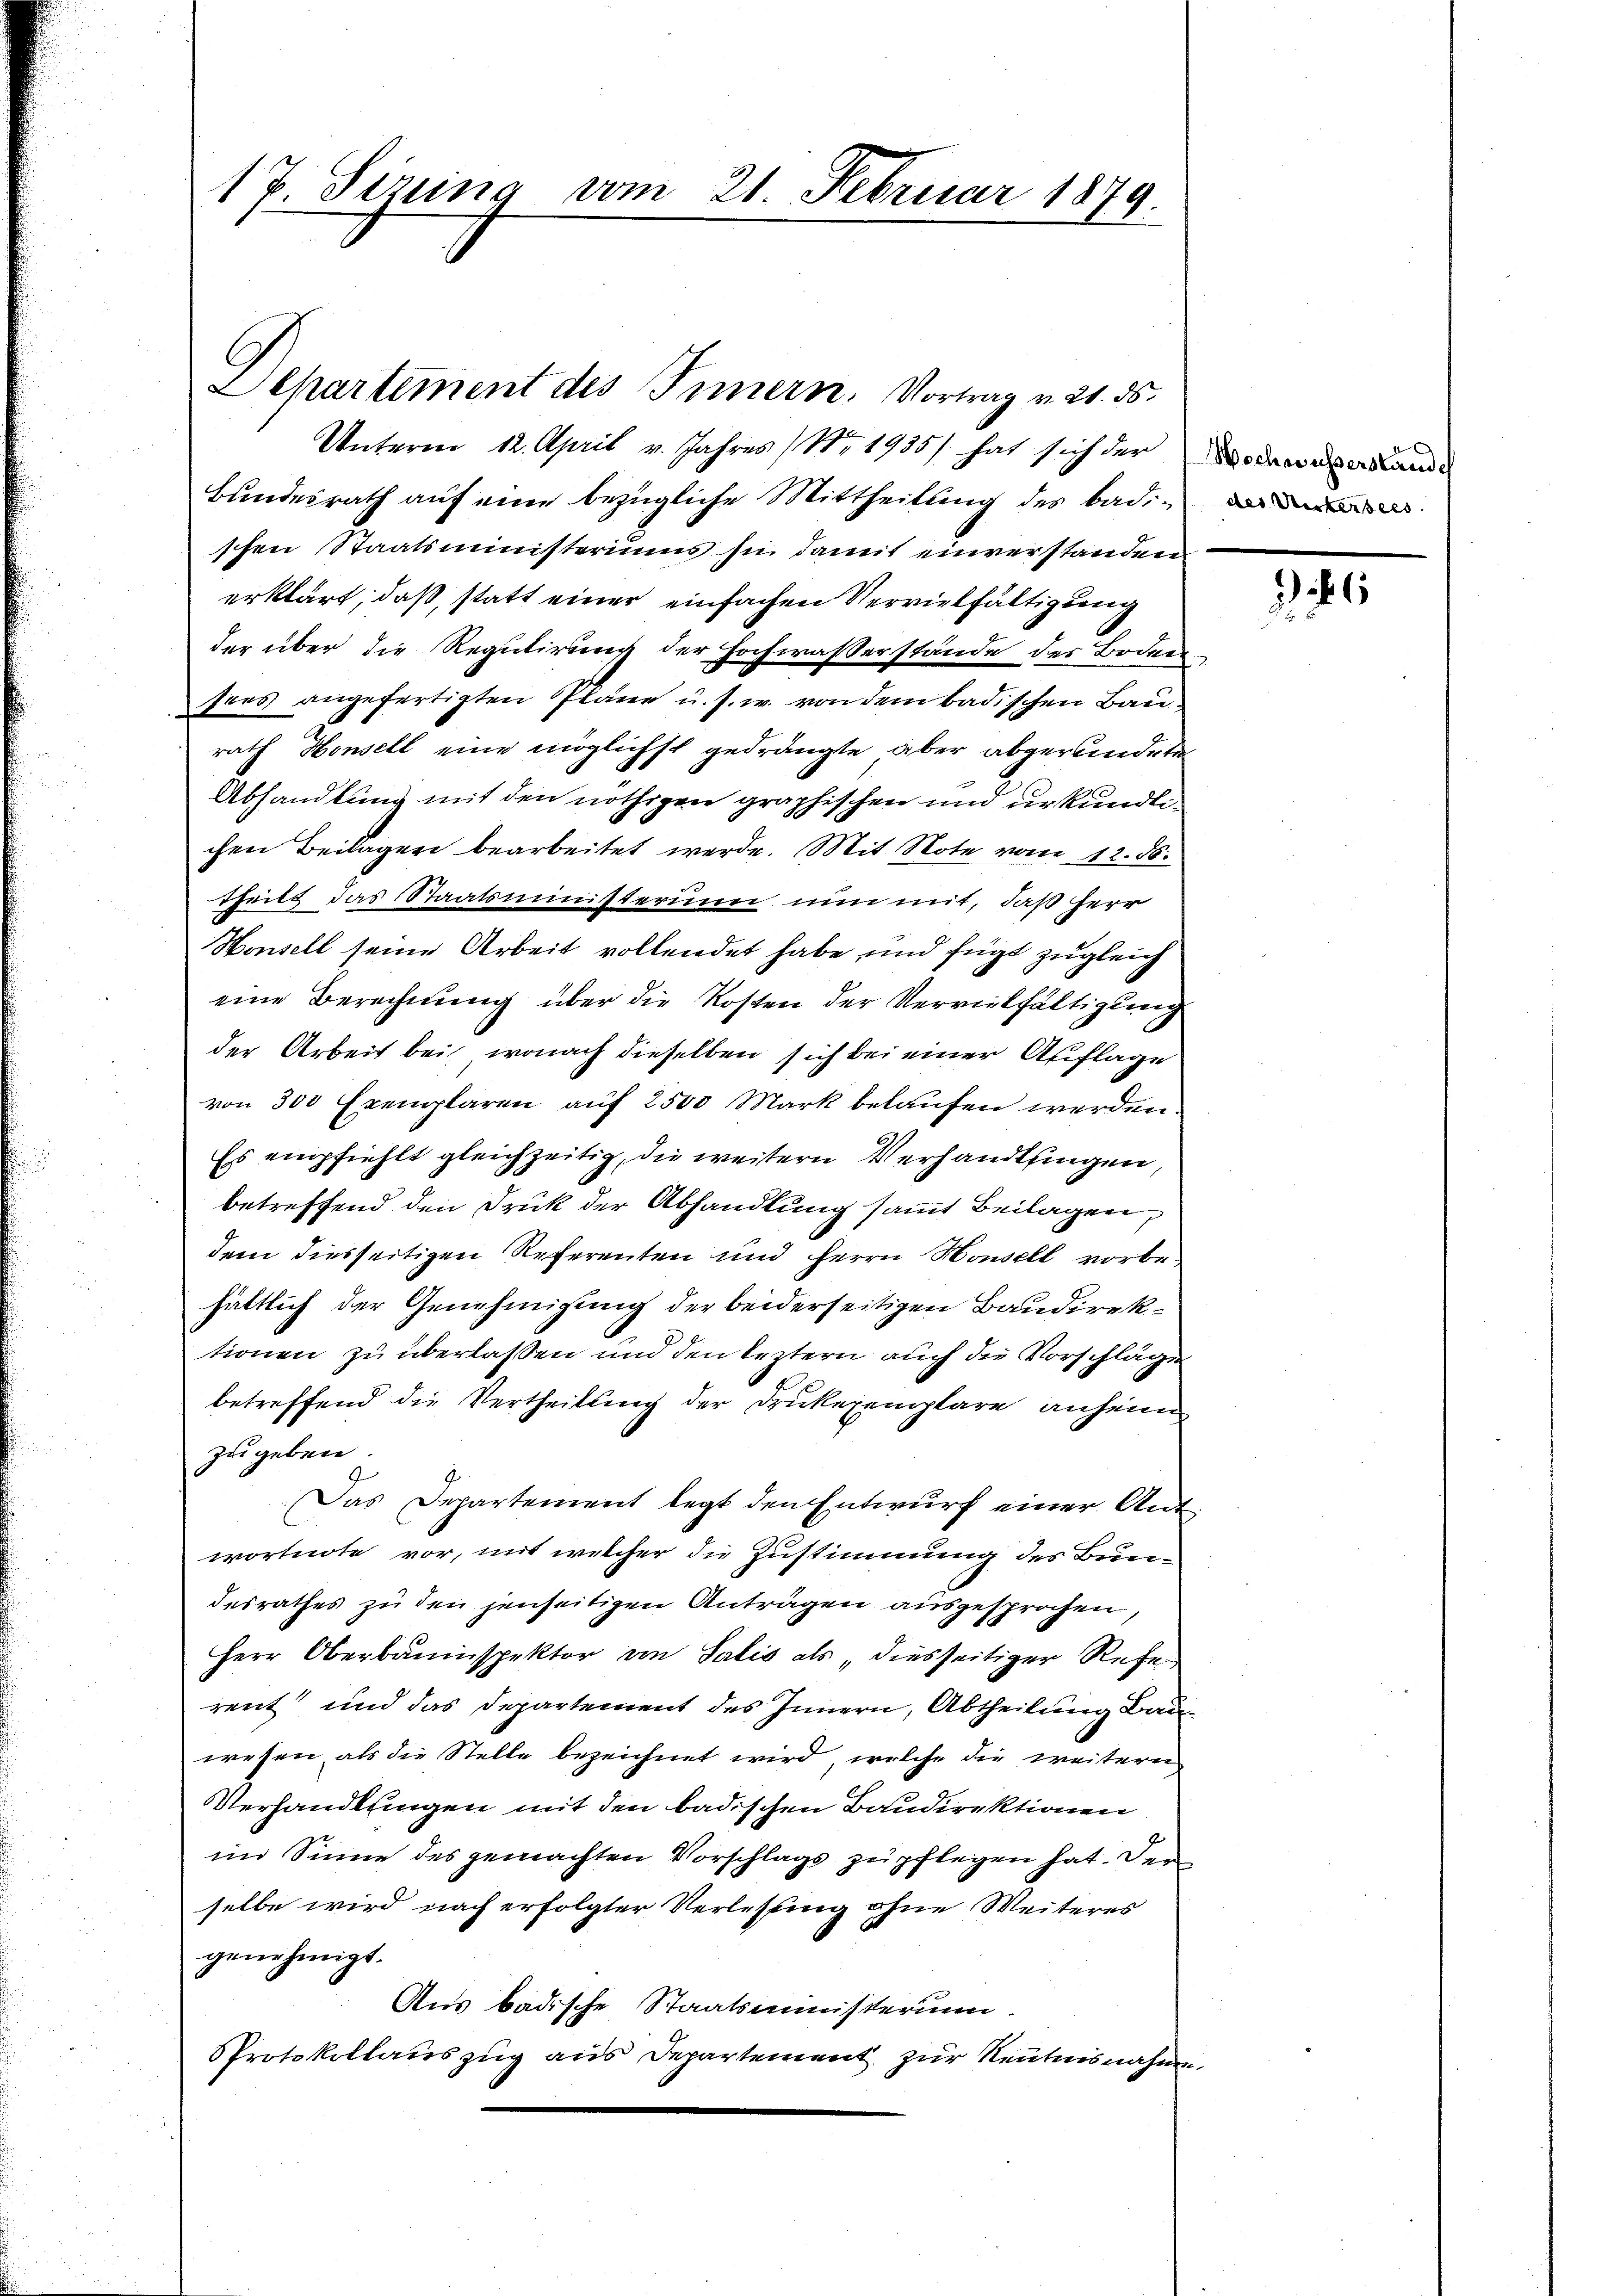
17 Sizung vom 21. Februar 1879
8.

L Chartement des Innern. Vortrag v. 21. ds.
Unterm 12. April v. Jahres (Nr. 1935) hat sich der

Bundesrath auf eine bezügliche Mittheilung des Badischen Staatsministeriums sie damit einverstanden
erklärt, daß, statt einer einfachen Vervielfältigung
der über die Regulirung der Hochwaßerstände des Boden
sees angefertigten Pläne u. s. w. von dem badischen Baurath Hensell eine möglichst gedrängte aber abgerundeten
Abhandlung mit den nöthigen graphischen und urkundlichen Beilagen bearbeitet werde. Mit Note vom 12. 86.
theilt das Staatsministerinn nun mit, daß Herr
Honsell seine Arbeit vollendet habe und fügt zugleich
eine Berechnung über die Kosten der Vervielfältigung
der Arbeit bei, wonach dieselben sich bei einer Auflage
von 300 Exemplaren auf 2500 Mark belaufen werden.
Es empfiehlt gleichzeitig, die weitern Verhandlsingen
betreffend den Druk der Abhandlung sammt Beilagen,
dem diesseitigen Referenten und Herrn Housell vorbehältlich der Genehmigung der beiderseitigen Baudirektionen zu überlassen und den leztern auch die Vorschläge
betreffend die Vertheilung der Drukexemplare anheim
zu geben
Das Departement legt den Entwurf einer Ant
wortnote vor, mit welcher die Zustimmung des Bundesrathes zu den jenseitigen Antragen ausgesprochen
Herr Oberbauinspektor von Salis als „diesseitiger Refe
rent und das Departement des Innern, Abtheilung Bauwesen, als die Stelle bezeichnet wird, welche die weitern
Verhandlungen mit den badischen Baudirektionen
im Sinne des gemachten Vorschlags zu pflegen hat. Der
selbe wird nach erfolgter Verlesung ohne Weiteres
genehmigt.
Aus badische Staatsministerium.
PProtokollauszug aus Departement zur Reutnisnahm.

Hochausserstande
des Untersees

e